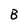
Character: B